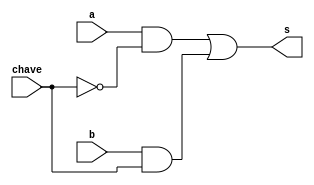
// Exemplo0032 - BASE
// Nome: Lucas Porto Lopes
// Matricula 451408

//gates

module multiplexador(output s, input a, input b, input chave);
	wire alpha, beta, tmp;
	
	not (tmp, chave);
	and (beta, b, chave);	
	and (alpha, a , tmp);
	
	or (s, alpha, beta);
	
endmodule

module f4(output s, input a, input b, input chave);
	wire alpha, beta;
	
	or  (alpha, a, b);
	and (beta , a, b);
	multiplexador m(s, alpha, beta, chave);	
	
endmodule

module teste_f4;
	reg[0:0] chave;
	reg[0:0] x;
	reg[0:0] y;
	wire[0:0] z;
	
	f4 modulo (z, x, y, chave);
	
	initial begin
		$display("Exemplo0032 - Lucas Porto Lopes - 451408");
		$display("test LU's module");
		
		chave = 1'b0;
		x = 1'b0;
		y = 1'b0;
		
		#1
		$display("%3b %3b %3b", x, y, z);
		
		
	end
	
endmodule